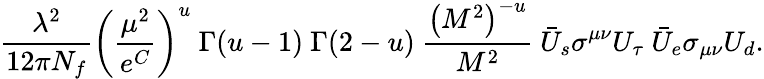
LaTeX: {\frac{\lambda^{2}}{12\pi N_{f}}}\left({\frac{\mu^{2}}{e^{C}}}\right)^{u}\ {\Gamma(u-1)\ \Gamma(2-u)}\ {\frac{\left(M^{2}\right)^{-u}}{M^{2}}}\ \bar{U}_{s}\sigma^{\mu\nu}U_{\tau}\ \bar{U}_{e}\sigma_{\mu\nu}U_{d}.